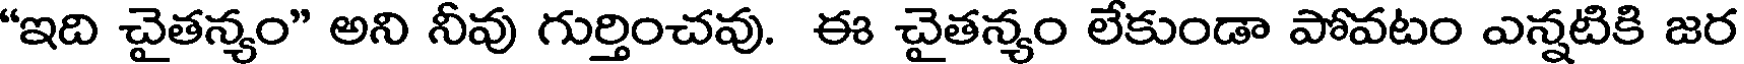
"ఇది చైతన్యం" అని నీవు గుర్తించవు. ఈ చైతన్యం లేకుండా పోవటం ఎన్నటికి జర